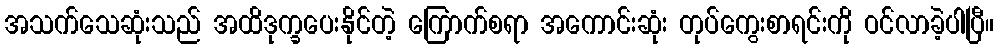
အသက်သေဆုံးသည် အထိဒုက္ခပေးနိုင်တဲ့ ကြောက်စရာ အကောင်းဆုံး တုပ်ကွေးစာရင်းကို ဝင်လာခဲ့ပါပြီ။